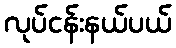
လုပ်ငန်းနယ်ပယ်